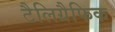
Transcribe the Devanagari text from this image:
टैलिग्रैफिक